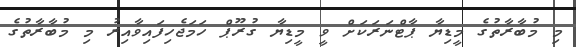
މި މުބާރާތުގެ މީޑިޔާ ޕާޓްނަރަކަށް ވީ މީޑިޔާ ގުރޫޕް ހަމަޖެހިފައިވާއިރު މި މުބާރާތުގެ